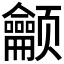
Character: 𬱳